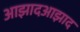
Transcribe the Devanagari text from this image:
आझादआझाद